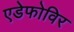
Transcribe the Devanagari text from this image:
एडेफोविर